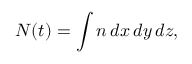
N ( t ) = \int n \, d x \, d y \, d z ,